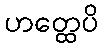
ဟတ္ထေပိ